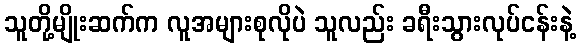
သူတို့မျိုးဆက်က လူအများစုလိုပဲ သူလည်း ခရီးသွားလုပ်ငန်းနဲ့